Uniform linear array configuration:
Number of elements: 8
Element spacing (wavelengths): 0.5
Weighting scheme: cosine
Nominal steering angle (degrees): -60
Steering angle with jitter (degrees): -61.989
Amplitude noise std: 0.05
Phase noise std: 0.05

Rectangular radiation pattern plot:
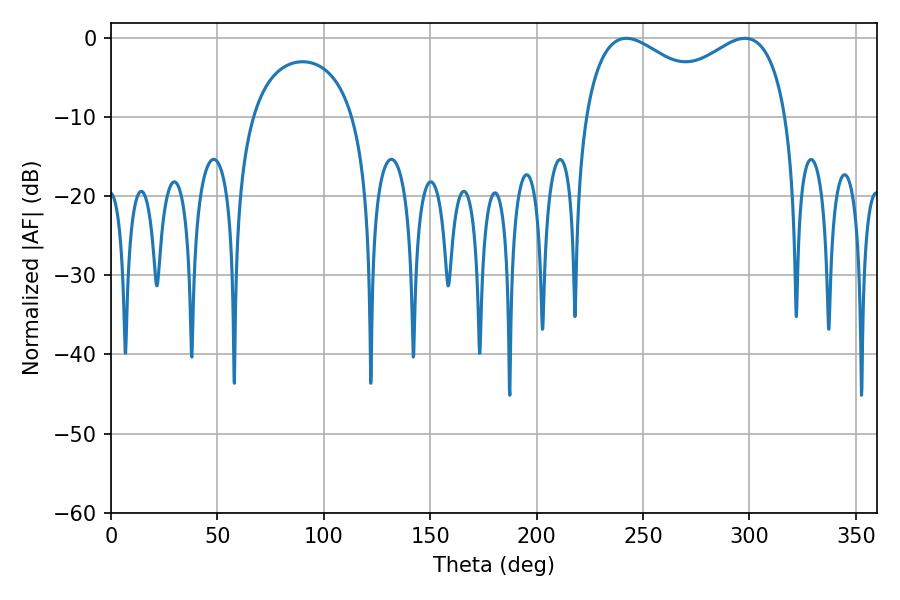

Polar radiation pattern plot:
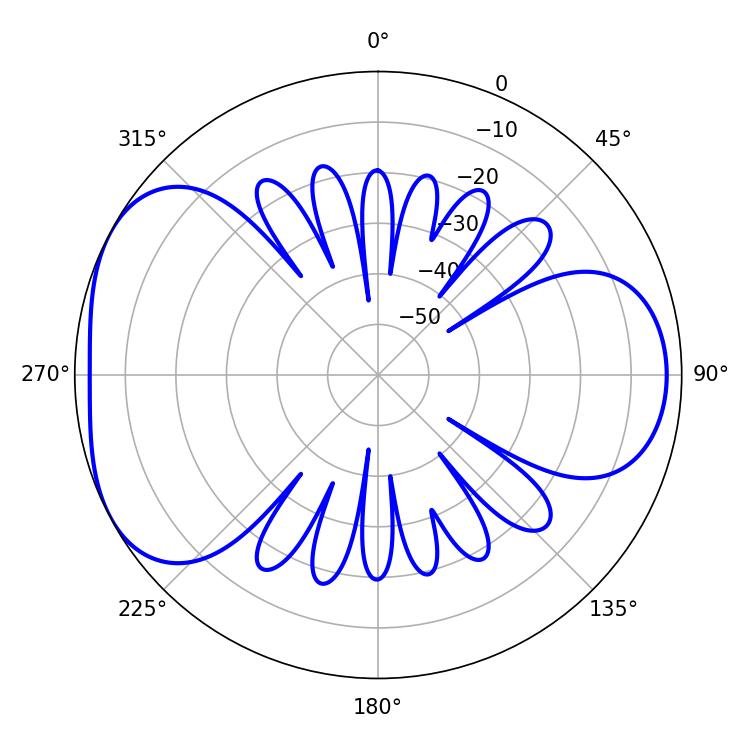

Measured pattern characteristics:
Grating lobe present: FALSE
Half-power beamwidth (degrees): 79.56
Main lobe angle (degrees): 242.1